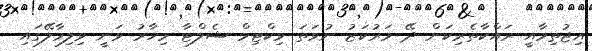
އިޖުތިމާއީ ރައްކާތެރިކަން ދޭ މަރުކަޒު ނުވަތަ ވިކްޓިމް ޝެލްޓާ މިހާރު ވަނީ ވިލިމާލޭގައި